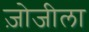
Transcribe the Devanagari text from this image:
ज़ोजीला